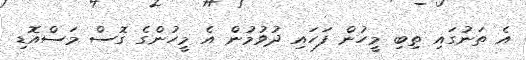
އެ ތަނުގައި ތިބި މީހުން ފަހައި ދުވުމުން އެ މީހުންގެ ގޮސް މަސްއޮޑި